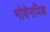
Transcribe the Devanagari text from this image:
मोवेनपिक